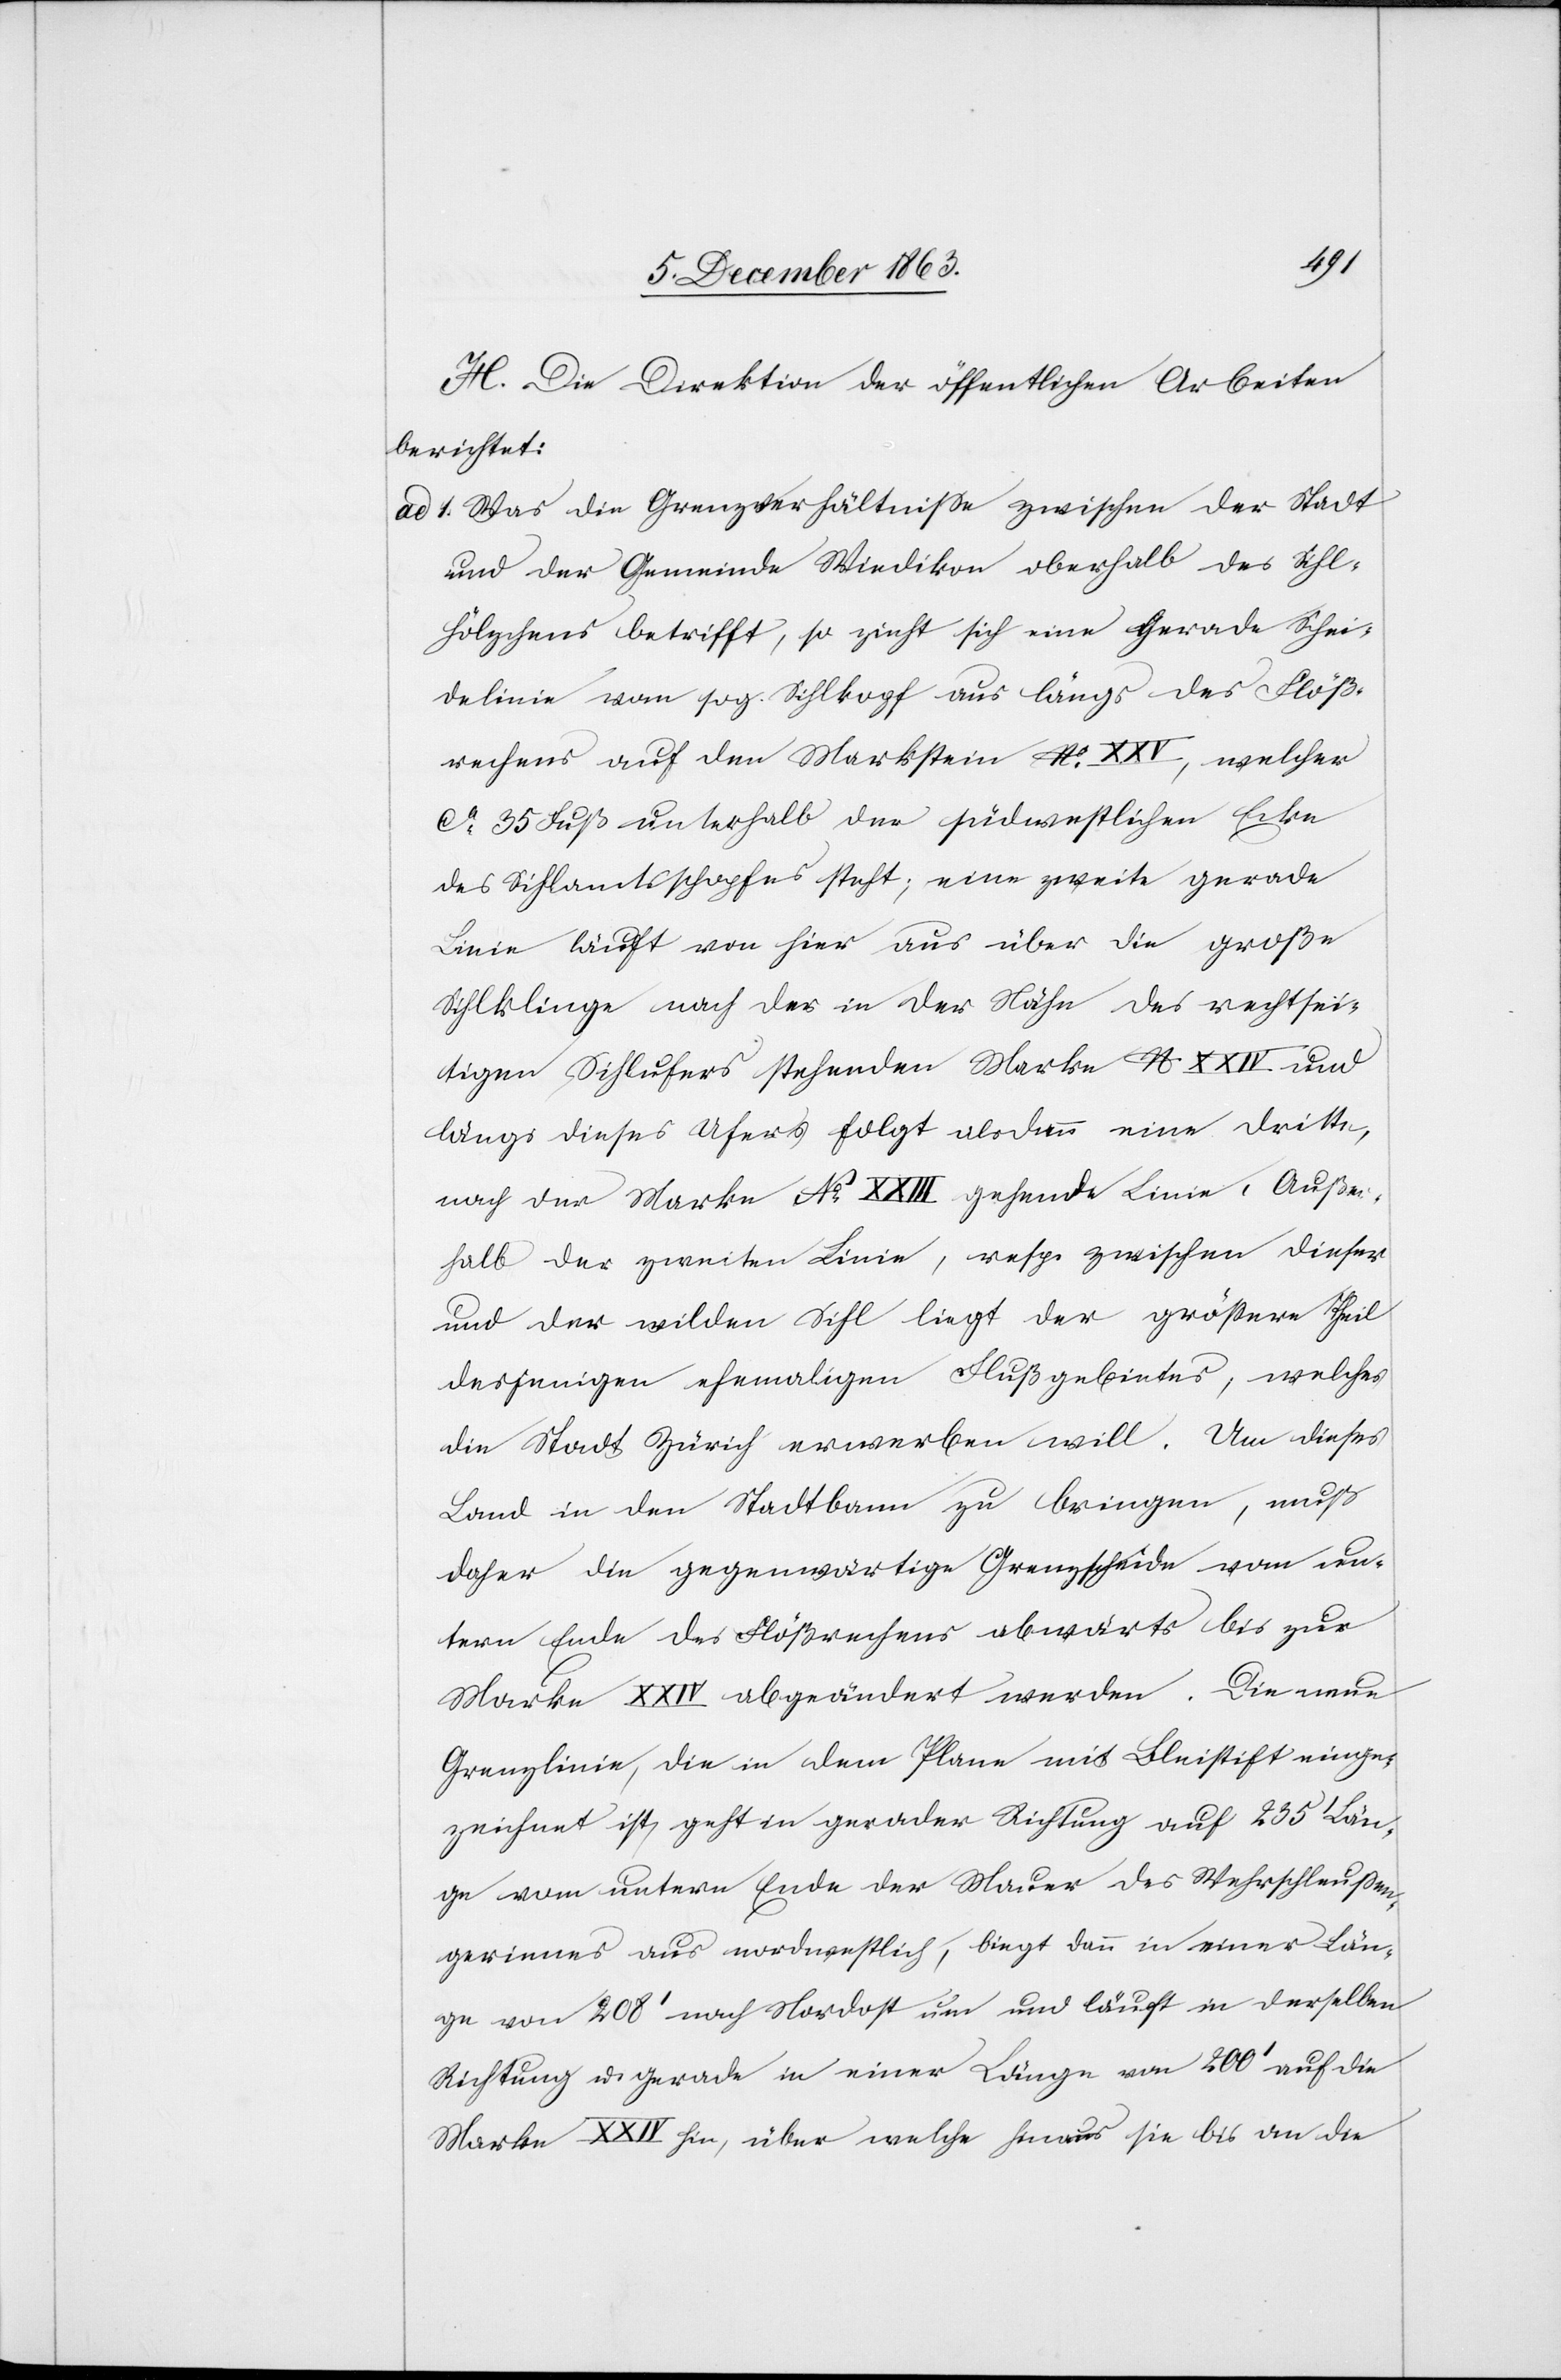
H. Die Direktion der öffentlichen Arbeiten
berichtet:
ad 1. Was die Grenzverhältnisse zwischen der Stadt
und der Gemeinde Wiedikon oberhalb des Sihl¬
hölzchens betrifft, so zieht sich eine gerade Schei¬
delinie vom sog. Sihlkopf aus längs des Flöß¬
rechens auf dem Markstein No XXV, welcher
ca 35 Fuß unterhalb der südwestlichen Ecke
des Sihlamtsschopfes steht, eine zweite gerade
Linie läuft von hier aus über die große
Sihlklinge nach der in der Nähe des rechtsei¬
tigen Sihlufers stehenden Marke N XXIV und
längs dieses Ufers folgt alsdann eine dritte,
nach der Marke No XXIII gehende Linie. Außer¬
halb der zweiten Linie, resp. zwischen dieser
und der wilden Sihl liegt der grössere Theil
desjenigen ehemaligen Flußgebietes, welches
die Stadt Zürich erwerben will. Um dieses
Land in den Stadtbann zu bringen, muß
daher die gegenwärtige Grenzscheide vom un¬
tern Ende des Flößrechens abwärts bis zur
Marke XXIV abgeändert werden. Die neue
Grenzlinie, die in dem Plane mit Bleistift einge¬
zeichnet ist, geht in gerader Richtung auf 235' Län¬
ge vom untern Ende der Mauer des Wehrschleusse¬
ngerinnes aus nordwestlich, biegt dann in einer Län¬
ge von 208' nach Nordost um und läuft in derselben
Richtung u. gerade in einer Länge von 200' auf die
Marke XXIV hin, über welche hinaus sie bis an die